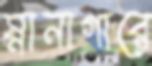
স্নানাগারে